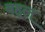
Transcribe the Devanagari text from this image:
बहुल्